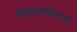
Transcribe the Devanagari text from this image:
थियोसोफिया